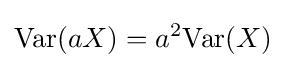
{\text{Var}}(aX)=a^{2}{\text{Var}}(X)